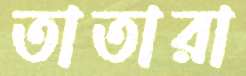
তাতারা